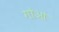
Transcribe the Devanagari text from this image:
गोआं